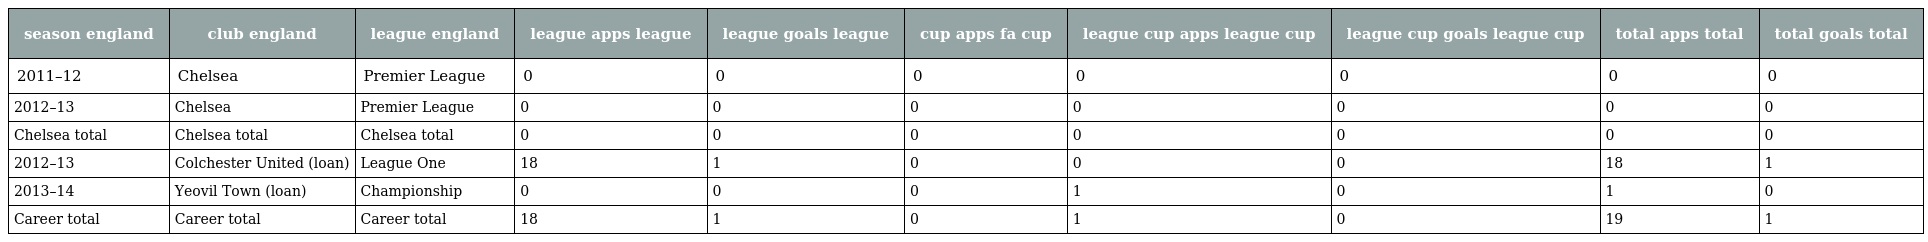
| season england | club england | league england | league apps league | league goals league | cup apps fa cup | league cup apps league cup | league cup goals league cup | total apps total | total goals total |
 | --- | --- | --- | --- | --- | --- | --- | --- | --- | --- |
 | 2011–12 | Chelsea | Premier League | 0 | 0 | 0 | 0 | 0 | 0 | 0 |
 | 2012–13 | Chelsea | Premier League | 0 | 0 | 0 | 0 | 0 | 0 | 0 |
 | Chelsea total | Chelsea total | Chelsea total | 0 | 0 | 0 | 0 | 0 | 0 | 0 |
 | 2012–13 | Colchester United (loan) | League One | 18 | 1 | 0 | 0 | 0 | 18 | 1 |
 | 2013–14 | Yeovil Town (loan) | Championship | 0 | 0 | 0 | 1 | 0 | 1 | 0 |
 | Career total | Career total | Career total | 18 | 1 | 0 | 1 | 0 | 19 | 1 |